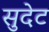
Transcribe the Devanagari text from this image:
सुदेट